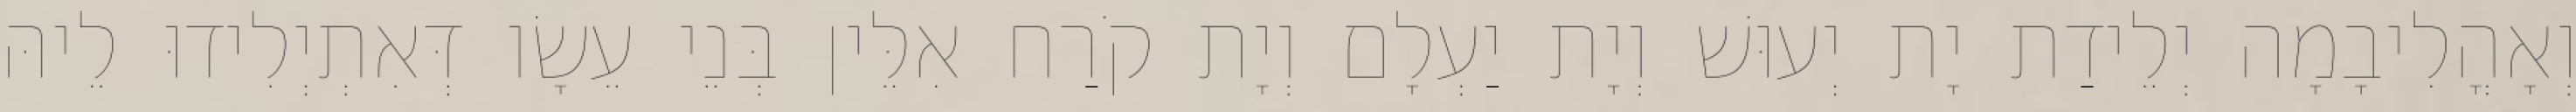
וְאָהֳלִיבָמָה יְלֵידַת יָת יְעוּשׁ וְיָת יַעְלָם וְיָת קֹרַח אִלֵּין בְּנֵי עֵשָׂו דְּאִתְיְלִידוּ לֵיהּ